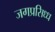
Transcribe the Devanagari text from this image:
जगप्रसिध्ध